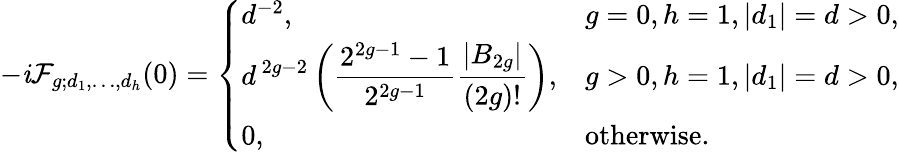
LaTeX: -\mathit{i}\mathcal{F}_{g;d_{1},\ldots,d_{h}}(0)=\left\{ \begin{array}{ll}{{{d^{-2}},}}&{{g=0,h=1,|d_{1}|=d>0,}}\\ {{\displaystyle d^{\, 2g-2}\left({\frac{2^{2g-1}-1}{2^{2g-1}}}{\frac{|B_{2g}|}{(2g)!}}\right),}}&{{g>0,h=1,|d_{1}|=d>0,}}\\ {{0,}}&{{\mathrm{otherwise}.}}\end{array}\right.